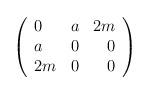
LaTeX: \begin{align*}\left( \begin{array}{lcr}0 & a & 2m \\ a & 0 & 0 \\ 2m & 0 & 0 \end{array}\right)\end{align*}